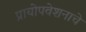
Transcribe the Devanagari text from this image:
प्रायोपवेशनाचे